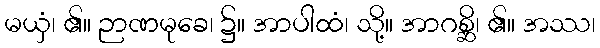
မယှံ၊ ၏။ ဉာဏမုခေ၊ ၌။ အာပါထံ၊ သို့။ အာဂစ္ဆိ၊ ၏။ အဿ၊